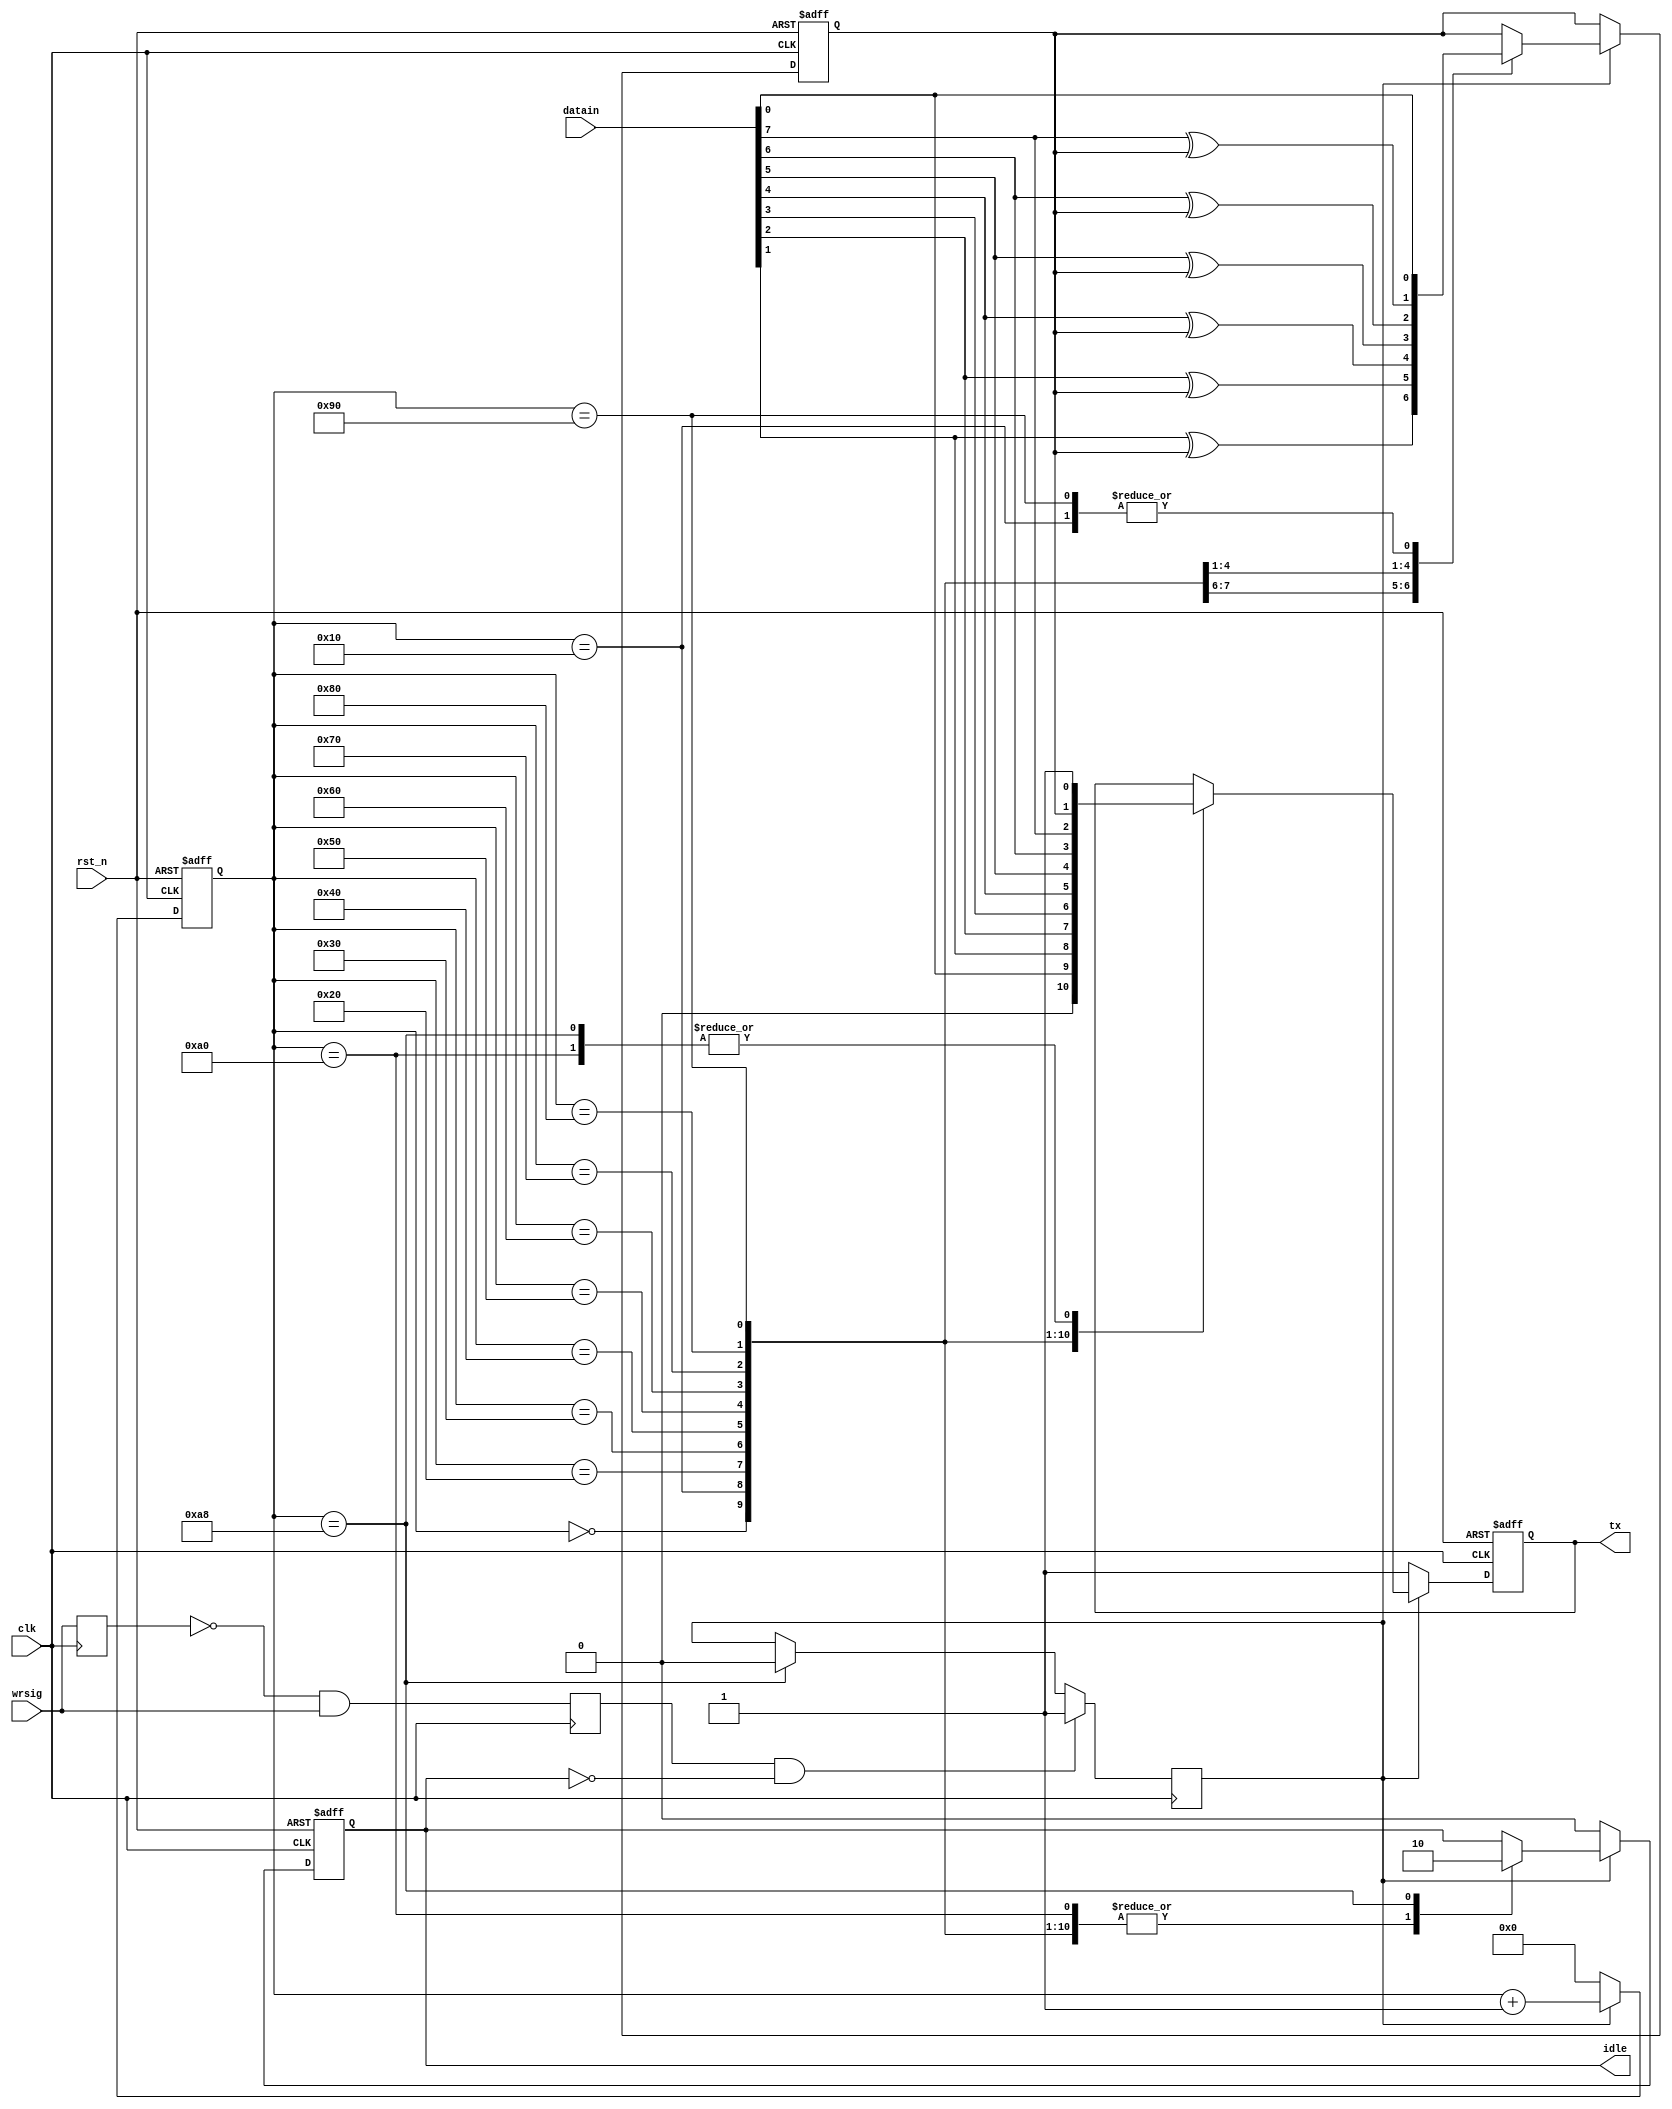

`timescale 1ns/1ps
//*********************************************************************
//16clockbit,8
//********************************************************************

module uarttx(clk,rst_n,datain,wrsig,idle,tx);
input clk; 	//UART
input rst_n;
input [7:0] datain; //
input wrsig; //
output idle; //
output tx; //

reg idle,tx;
reg send;
reg wrsigbuf,wrsigrise;
reg presult;
reg [7:0] cnt; //

parameter paritymode=1'b0;

//--------------------------------------------
//wrsig
//-----------------------------------------
always @(posedge clk)
begin
	wrsigbuf <= wrsig;
	wrsigrise <=(~wrsigbuf) & wrsig;
end

//
always @(posedge clk)
begin
	if(wrsigrise && (~idle)) //
		begin
			send<=1'b1;
		end
	else if(cnt==8'd168) //
		begin
			send<=1'b0;
		end
	
end

//16Bit
always @(posedge clk or negedge rst_n)
begin
	if(!rst_n)
		begin
			tx<=1'b0;
			idle<=1'b0;
			cnt<=8'd0;
			presult<=1'b0;
		
		end
	else if(send==1'b1)
	begin 
		case(cnt) //
		8'd0:begin
			tx<=1'b0;
			idle<=1'b1;
			cnt<=cnt+8'd1;
		end
		8'd16:begin
			tx<=datain[0]; //0
			presult<=datain[0]^paritymode;
			idle<=1'b1;
			cnt<=cnt+8'd1;
		end
		8'd32:begin
			tx<=datain[1];//1
			presult <= datain[1]^presult;
			idle <= 1'b1;
			cnt<=cnt+8'd1;
		end
		8'd48:begin
			tx<=datain[2]; //2
			presult<=datain[2]^presult;
			idle <= 1'b1;
			cnt<=cnt+8'd1;
		end
		8'd64:begin
			tx<=datain[3];
			idle <= 1'b1;
			cnt <=cnt+8'd1;
		end
		8'd80:begin
			tx<=datain[4];
			presult<=datain[4]^presult;
			idle<=1'b1;
			cnt<=cnt+8'd1;
		end
		8'd96:begin
			tx<=datain[5];
			presult<=datain[5]^presult;
			idle<=1'b1;
			cnt<=cnt+8'd1;
		end
		8'd112:begin
			tx<=datain[6];
			presult<=datain[6]^presult;
			idle<=1'b1;
			cnt<=cnt+8'd1;
		end
		8'd128:begin
			tx<=datain[7]; 
			presult<=datain[7]^presult;
			idle <= 1'b1;
			cnt<=cnt+8'd1;
		end
		8'd144:begin
			tx<=presult; //
			presult<=datain[0]^paritymode;
			idle <=1'b1;
			cnt<=cnt+8'd1;
		end
		8'd160:begin
			tx<=1'b1; //
			idle<=1'b1;
			cnt <= cnt+8'd1;
		end
		8'd168:begin
			tx<=1'b1;
			idle<=1'b0; //
			cnt<=cnt+8'd1;
		end
		default:begin
			cnt<=cnt+8'd1;
		end
		
		endcase
	end
	
	else begin
		tx<=1'b1;
		cnt<=8'd0;
		idle<=1'b0;
	end

end

endmodule